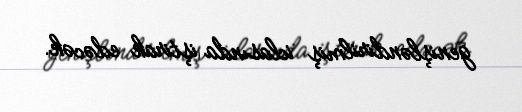
genişləndirilmiş iclasında iştirak edəcək.